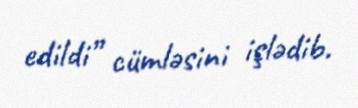
edildi” cümləsini işlədib.